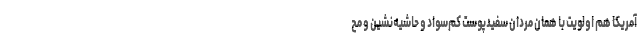
آمریکا هم اولویت با همان مردان سفیدپوست کم‌سواد و حاشیه‌نشین و مح